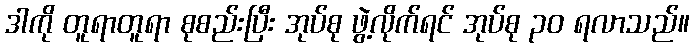
ဒါကို တူရာတူရာ စုစည်းပြီး အုပ်စု ဖွဲ့လိုက်ရင် အုပ်စု ၃၀ ရလာသည်။